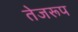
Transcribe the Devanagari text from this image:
तेजरूप